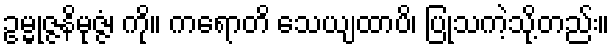
ဥမ္မုဇ္ဇနိမုဇ္ဇံ၊ ကို။ ကရောတိ သေယျထာပိ၊ ပြုသကဲ့သို့တည်း။